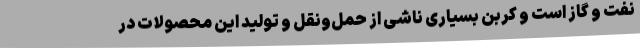
نفت و گاز است و کربن بسیاری ناشی از حمل‌ونقل و تولید این محصولات در